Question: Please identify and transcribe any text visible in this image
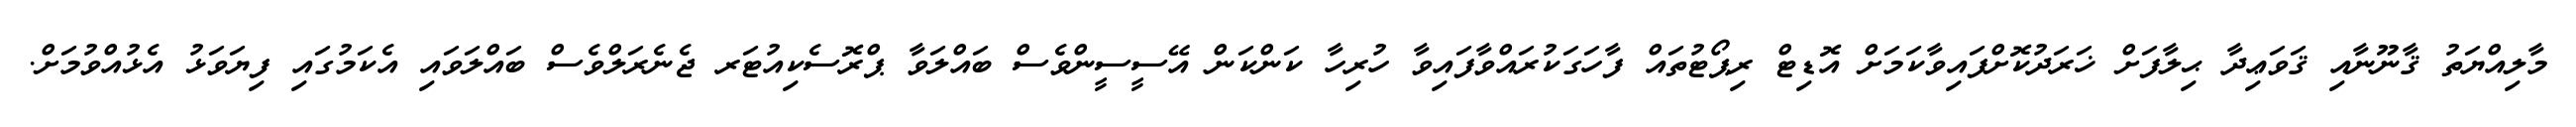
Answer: މާލިއްޔަތު ޤާނޫނާއި ޤަވަޢިދާ ޙިލާފަށް ޚަރަދުކޮށްފައިވާކަމަށް އޮޑިޓް ރިޕޯޓުތައް ފާހަގަކުރައްވާފައިވާ ހުރިހާ ކަންކަން އޭސީސީންވެސް ބައްލަވާ ޕްރޮސެކިއުޓަރ ޖެނެރަލްވެސް ބައްލަވައި އެކަމުގައި ފިޔަވަޅު އެޅުއްވުމަށް.